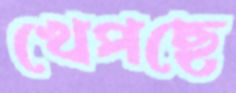
খেপছে